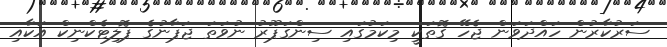
ސަރުކާރުން ހައްދަވަން ޖެހޭ ގޮތަކީ މިކަމުގައި ސިންގަޕޫރު ނުވަތަ ޖަޕާނުގެ ޕޮލިޓެކްނިކް އަކާއި